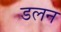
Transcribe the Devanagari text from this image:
डलन